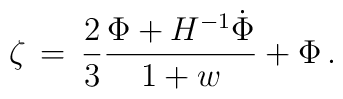
\zeta \, = \, {2 \over 3} {{\Phi + H^{-1}{\dot \Phi}} \over {1 + w}}+ \Phi \, .